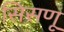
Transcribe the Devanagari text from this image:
सिसणू